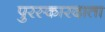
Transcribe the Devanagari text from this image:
पुरस्कारदाता